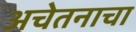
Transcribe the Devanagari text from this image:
अचेतनाचा